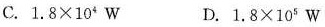
C.$$1 . 8 \times 1 0 ^ { 4 } W$$ D.$$1 . 8 \times 1 0 ^ { 5 } W$$